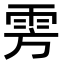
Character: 雱